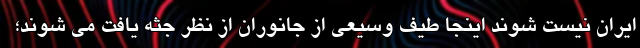
ایران نیست شوند اینجا طیف وسیعی از جانوران از نظر جثه یافت می شوند؛